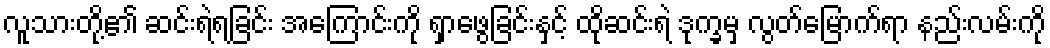
လူသားတို့၏ ဆင်းရဲရခြင်း အကြောင်းကို ရှာဖွေခြင်းနှင့် ထိုဆင်းရဲ ဒုက္ခမှ လွတ်မြောက်ရာ နည်းလမ်းကို